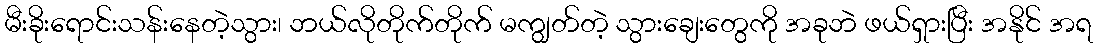
မီးခိုးရောင်းသန်းနေတဲ့သွား၊ ဘယ်လိုတိုက်တိုက် မကျွတ်တဲ့ သွားချေးတွေကို အခုဘဲ ဖယ်ရှားပြီး အနိုင် အရ